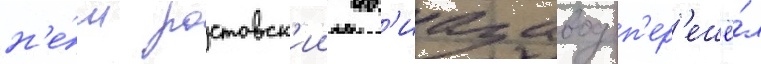
н'е́м ростовск'ии ав'иазавод п'ер'ешё́л